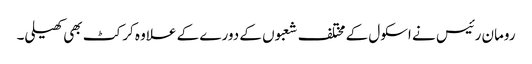
رومان رئیس نے اسکول کے مختلف شعبوں کے دورے کے علاوہ کرکٹ بھی کھیلی۔